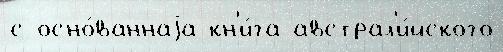
с осно́ваннаjа кн'и́га австрал'и́йского